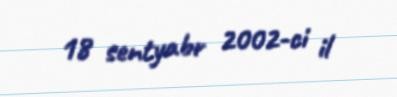
18 sentyabr 2002-ci il